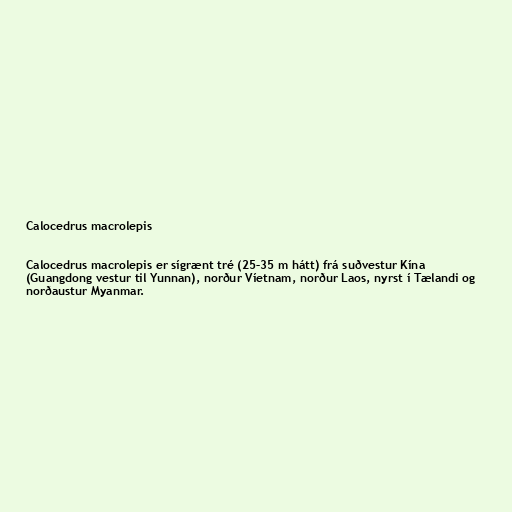
Calocedrus macrolepis

Calocedrus macrolepis er sígrænt tré (25–35 m hátt) frá suðvestur Kína
(Guangdong vestur til Yunnan), norður Víetnam, norður Laos, nyrst í Tælandi og
norðaustur Myanmar.